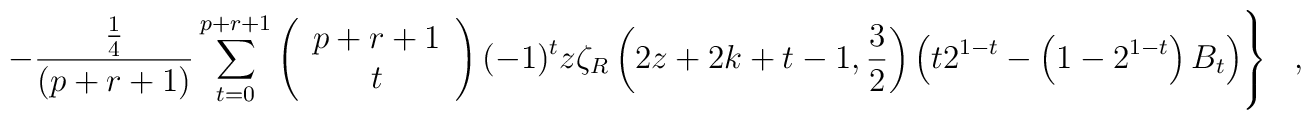
\left.- {{ 1 \over 4}  \over (p+r+1)}\sum_{t=0}^{p+r+1} \left( \begin{array} {c} p+r+1 \\ t\end{array} \right) (-1)^{t} z \zeta_{R}\left(2z+2k+t-1,{3 \over 2} \right)\left( t 2^{1-t} - \left( 1 - 2^{1-t} \right) B_{t} \right) \right\}~~~,